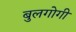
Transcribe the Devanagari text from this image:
बुलगोगी